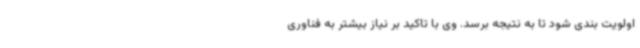
اولویت بندی شود تا به نتیجه برسد. وی با تاکید بر نیاز بیشتر به فناوری